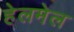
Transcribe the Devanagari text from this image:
हेलमेल